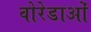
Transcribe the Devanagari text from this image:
वोरेडाओं